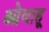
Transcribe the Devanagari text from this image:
ओवाहू